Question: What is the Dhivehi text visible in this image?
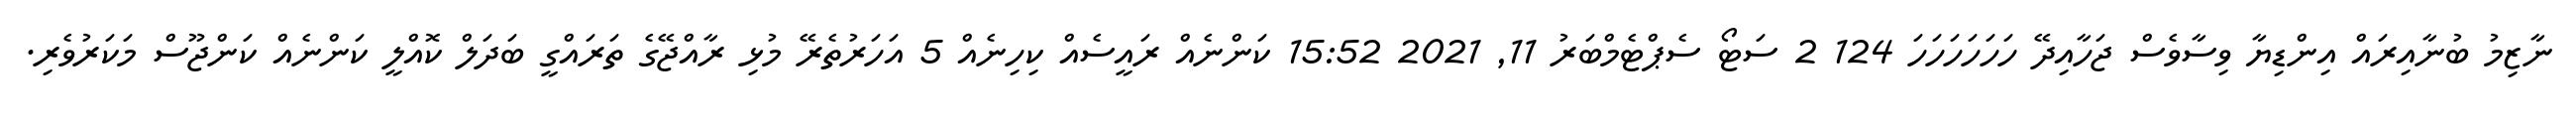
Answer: ނާޒިމު ބުނާއިރައް އިންޑިޔާ ވިސާވެސް ޖަހާއިދޭ ހަހަހަހަހަހަ 124 2 ސަޓޯ ސެޕްޓެމްބަރު 11, 2021 15:52 ކަންނެއް ރައީސެއް ކިހިނެއް 5 އަހަރުތެރޭ މުޅި ރާއްޖޭގެ ތަރައްގީ ބަދަލް ކޮއްލީ ކަންނެއް ކަންޖޫސް މަކަރުވެރި.